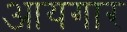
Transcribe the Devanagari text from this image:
आयगार